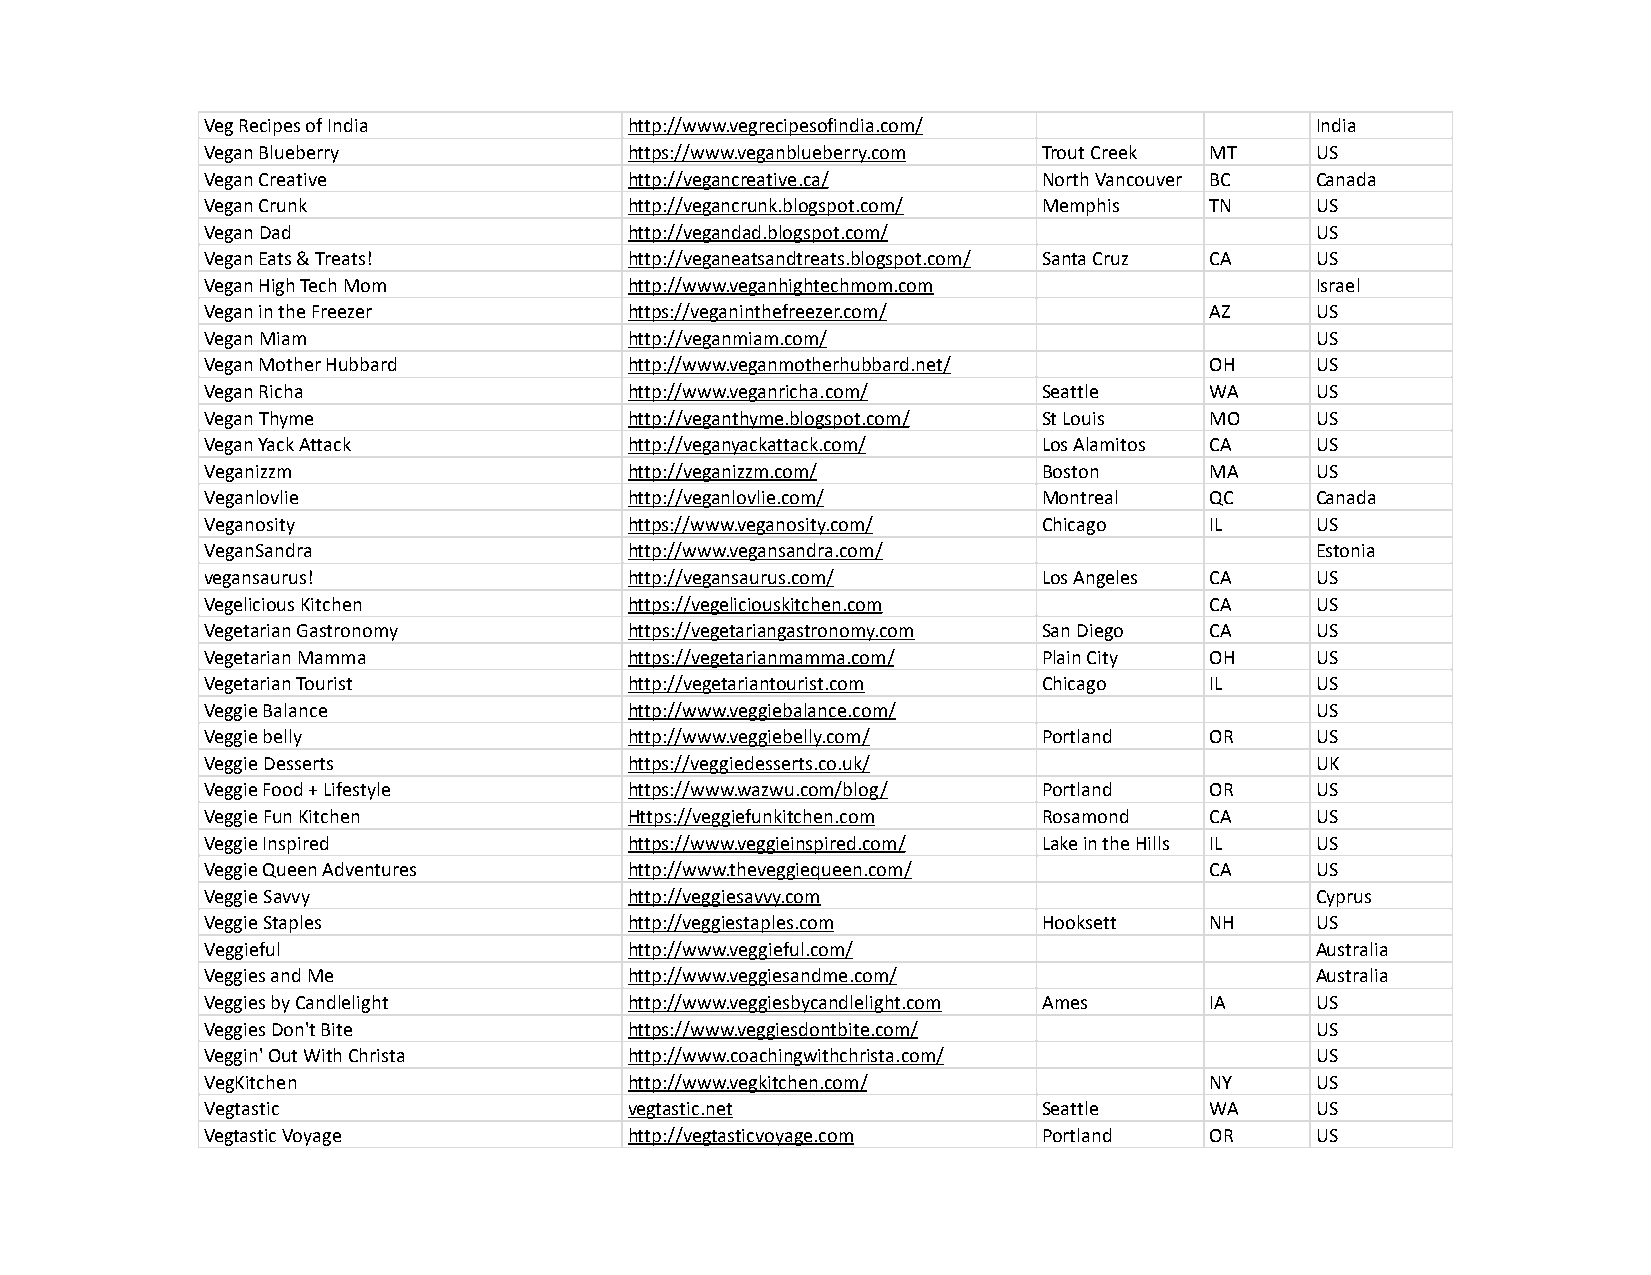
Veg Recipes of India        http://www.vegrecipesofindia.com/            India
 Vegan Blueberry             https://www.veganblueberry.com Trout Creek MT US
 Vegan Creative              http://vegancreative.ca/   North Vancouver BC Canada
 Vegan Crunk                 http://vegancrunk.blogspot.com/ Memphis TN   US
 Vegan Dad                   http://vegandad.blogspot.com/                US
 Vegan Eats & Treats!        http://veganeatsandtreats.blogspot.com/ Santa Cruz CA US
 Vegan High Tech Mom         http://www.veganhightechmom.com              Israel
 Vegan in the Freezer        https://veganinthefreezer.com/        AZ     US
 Vegan Miam                  http://veganmiam.com/                        US
 Vegan Mother Hubbard        http://www.veganmotherhubbard.net/    OH     US
 Vegan Richa                 http://www.veganricha.com/ Seattle    WA     US
 Vegan Thyme                 http://veganthyme.blogspot.com/ St Louis MO  US
 Vegan Yack Attack           http://veganyackattack.com/ Los Alamitos CA  US
 Veganizzm                   http://veganizzm.com/      Boston     MA     US
 Veganlovlie                 http://veganlovlie.com/    Montreal   QC     Canada
 Veganosity                  https://www.veganosity.com/ Chicago   IL     US
 VeganSandra                 http://www.vegansandra.com/                  Estonia
 vegansaurus!                http://vegansaurus.com/    Los Angeles CA    US
 Vegelicious Kitchen         https://vegeliciouskitchen.com        CA     US
 Vegetarian Gastronomy       https://vegetariangastronomy.com San Diego CA US
 Vegetarian Mamma            https://vegetarianmamma.com/ Plain City OH   US
 Vegetarian Tourist          http://vegetariantourist.com Chicago  IL     US
 Veggie Balance              http://www.veggiebalance.com/                US
 Veggie belly                http://www.veggiebelly.com/ Portland  OR     US
 Veggie Desserts             https://veggiedesserts.co.uk/                UK
 Veggie Food + Lifestyle     https://www.wazwu.com/blog/ Portland  OR     US
 Veggie Fun Kitchen          Https://veggiefunkitchen.com Rosamond CA     US
 Veggie Inspired             https://www.veggieinspired.com/ Lake in the Hills IL US
 Veggie Queen Adventures     http://www.theveggiequeen.com/        CA     US
 Veggie Savvy                http://veggiesavvy.com                       Cyprus
 Veggie Staples              http://veggiestaples.com   Hooksett   NH     US
 Veggieful                   http://www.veggieful.com/                    Australia
 Veggies and Me              http://www.veggiesandme.com/                 Australia
 Veggies by Candlelight      http://www.veggiesbycandlelight.com Ames IA  US
 Veggies Don't Bite          https://www.veggiesdontbite.com/             US
 Veggin' Out With Christa    http://www.coachingwithchrista.com/          US
 VegKitchen                  http://www.vegkitchen.com/            NY     US
 Vegtastic                   vegtastic.net              Seattle    WA     US
 Vegtastic Voyage            http://vegtasticvoyage.com Portland   OR     US